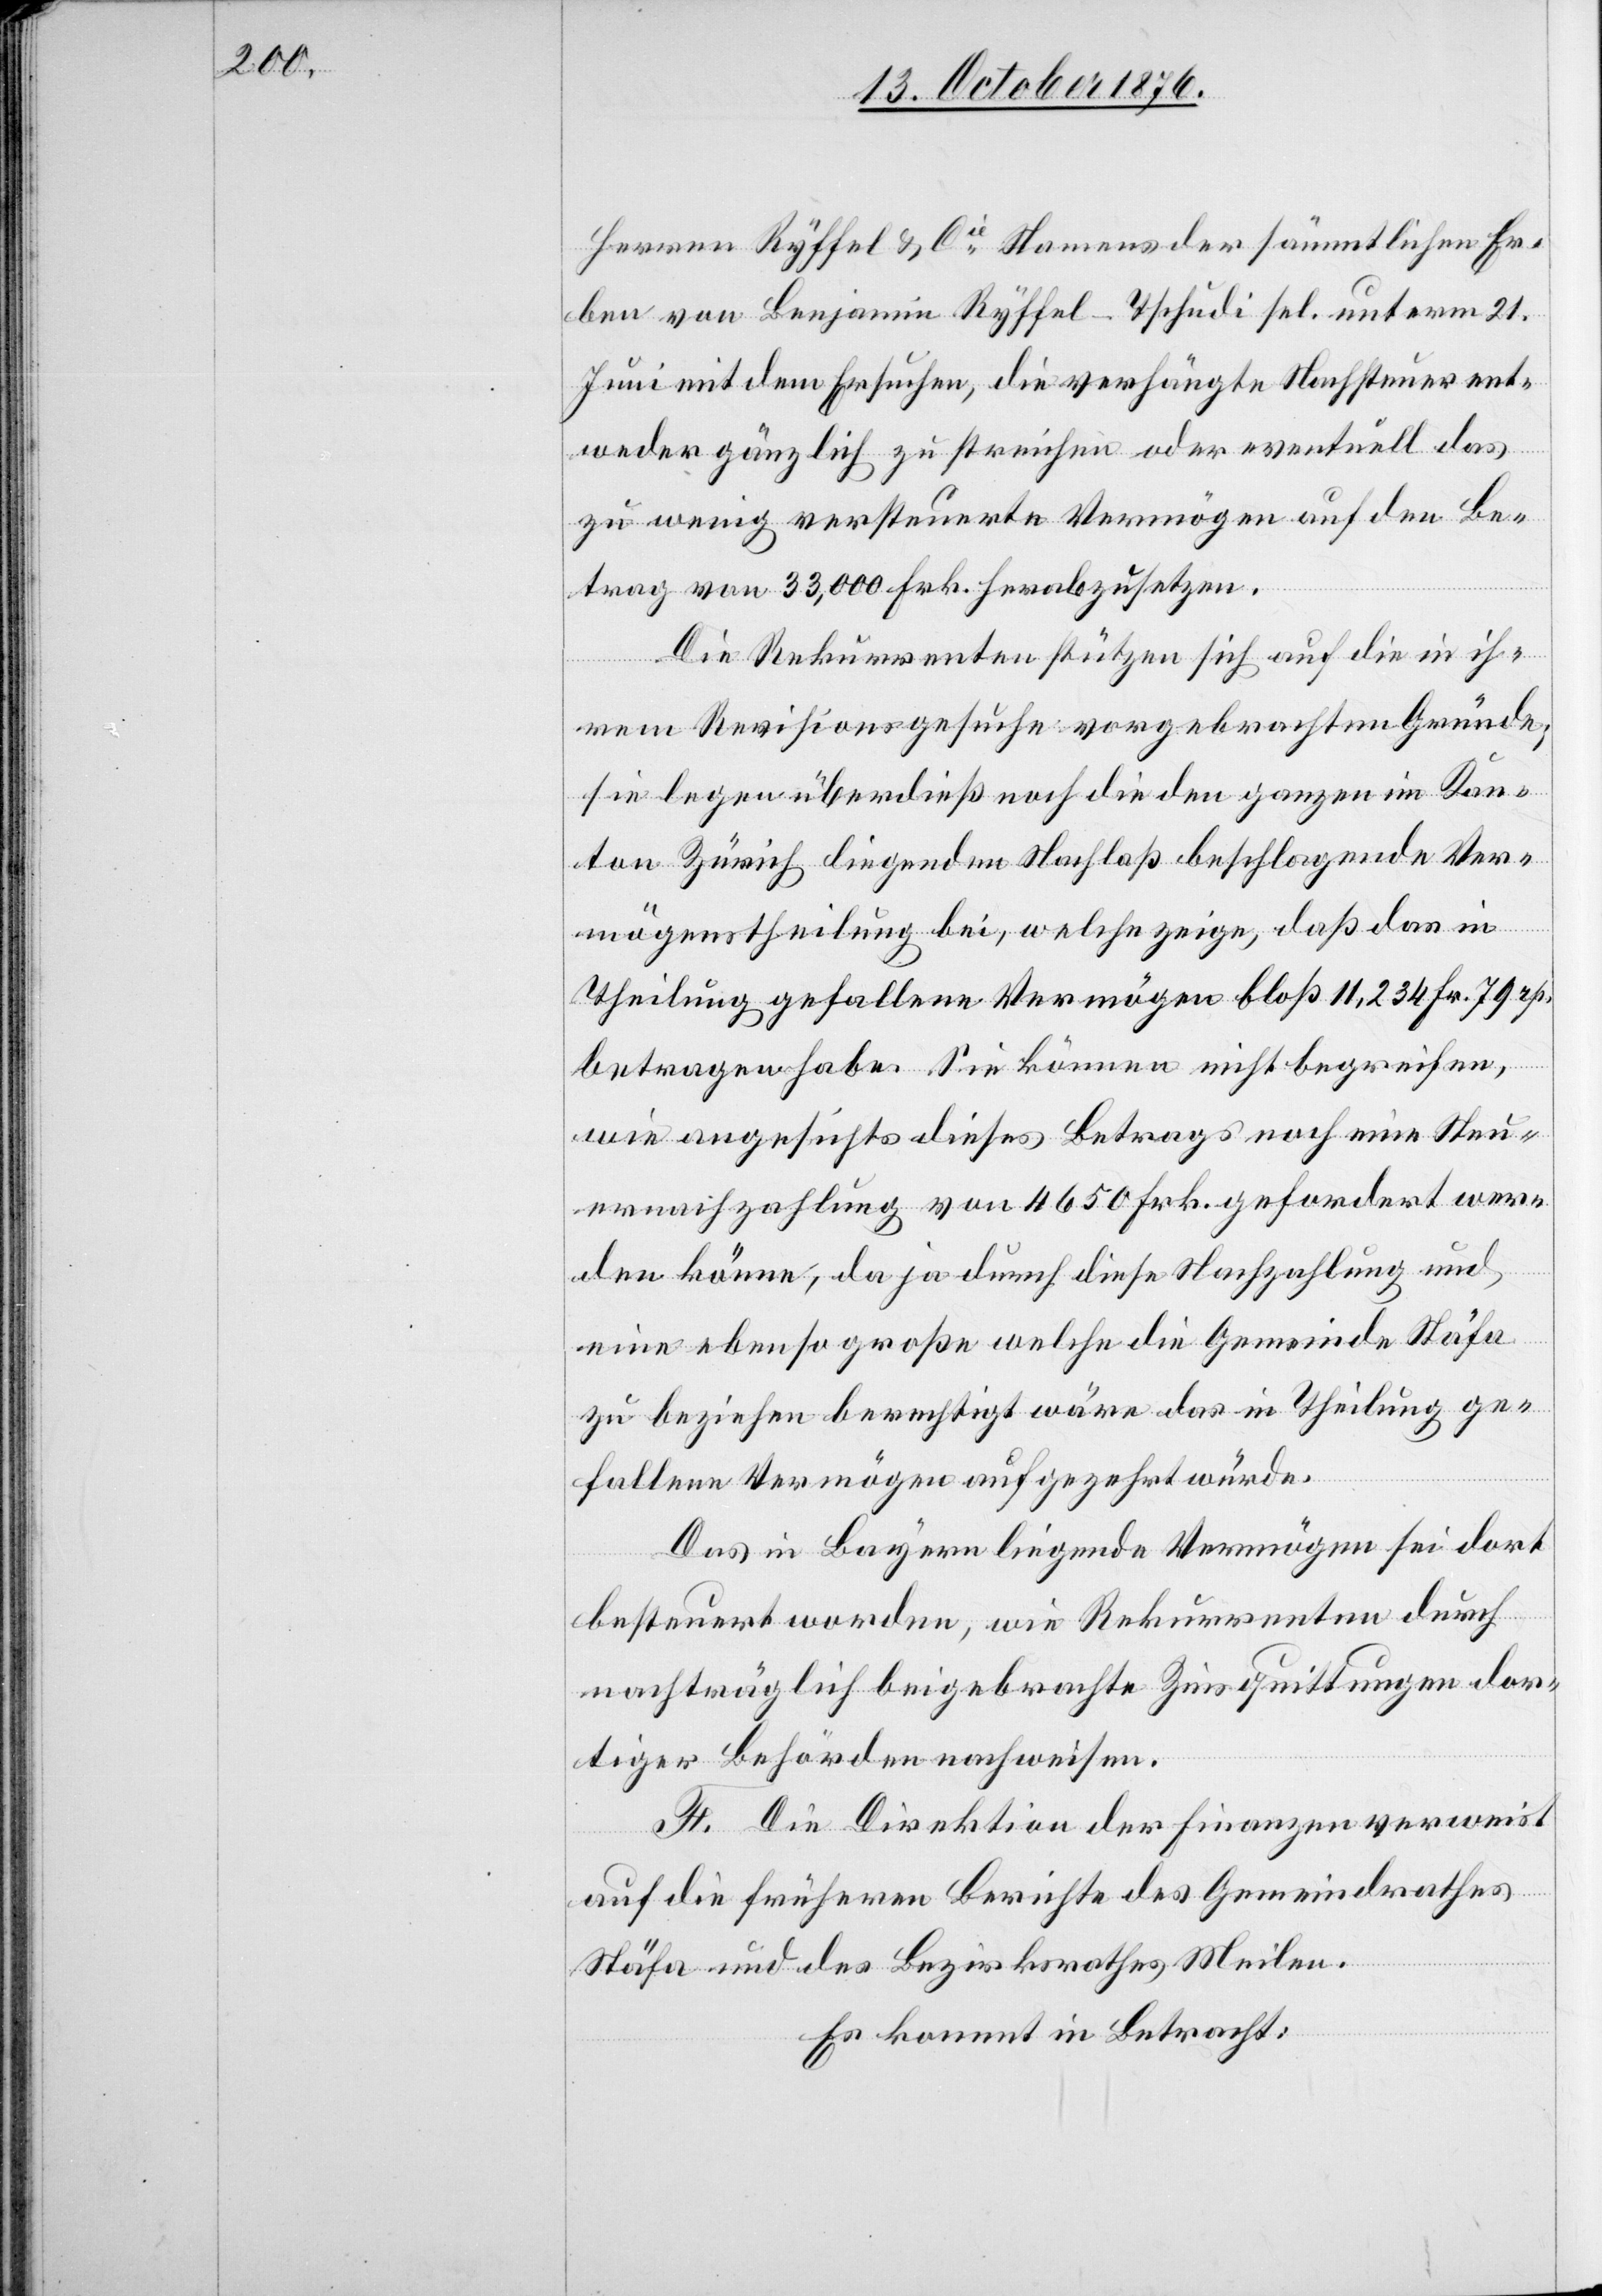
Herren Ryffel & Cie Namens der sämmtlichen Er¬
ben von Benjamin Ryffel-Tschudi sel. unterm 21.
Juni mit dem Ersuchen, die verhängte Nachsteuer ent¬
weder gänzlich zu streichen oder eventuell das
zu wenig versteuerte Vermögen auf den Be¬
trag von 33,000 Frk. herabzusetzen.
Die Rekurrenten stützen sich auf die in ih¬
rem Revisionsgesuche vorgebrachten Gründe;
sie legen überdieß noch die den ganzen im Kan¬
ton Zürich liegenden Nachlaß beschlagende Ver¬
mögenstheilung bei, welche zeige, daß das in
Theilung gefallene Vermögen bloß 11,234 Fr. 79 rp.
betragen habe. Sie können nicht begreifen,
wie angesichts dieses Betrags noch eine Steu¬
ernachzahlung von 4650 Frk. gefordert wer¬
den könne, da ja durch diese Nachzahlung und
eine ebenso große welche die Gemeinde Stäfa
zu beziehen berechtigt wäre das in Theilung ge¬
fallene Vermögen aufgezehrt würde.
Das in Bayern liegende Vermögen sei dort
besteuert worden, wie Rekurrenten durch
nachträglich beigebrachte Zinsquittungen dor¬
tiger Behörden nachweisen.
F. Die Direktion der Finanzen verweist
auf die früheren Berichte des Gemeindrathes
Stäfa und des Bezirksrathes Meilen.
Es kommt in Betracht: